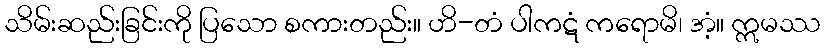
သိမ်းဆည်းခြင်းကို ပြသော စကားတည်း။ ဟိ-တံ ပါကဋံ ကရောမိ၊ အံ့။ ဣမဿ